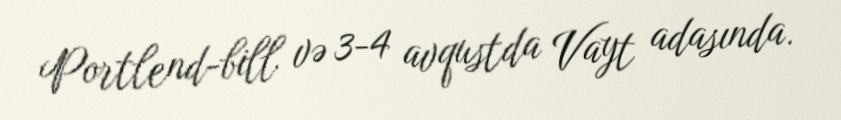
Portlend-bill və 3-4 avqustda Vayt adasında.